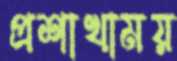
প্রশাখাময়